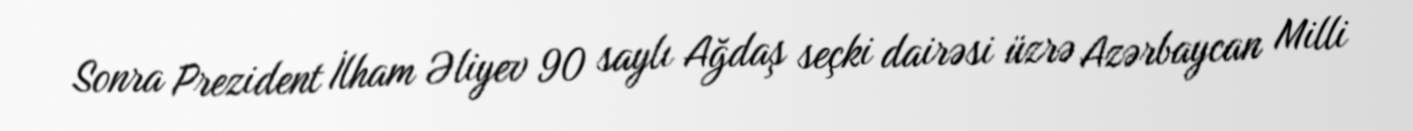
Sonra Prezident İlham Əliyev 90 saylı Ağdaş seçki dairəsi üzrə Azərbaycan Milli